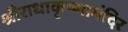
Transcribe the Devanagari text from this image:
श्रीराधाकृष्णामंदिर